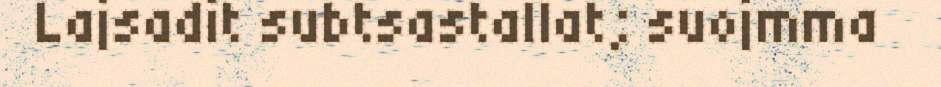
Lajsadit subtsastallat; suojmma